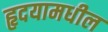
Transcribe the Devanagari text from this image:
हृदयामधील